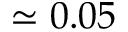
\simeq 0 . 0 5